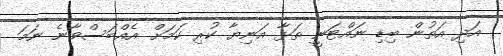
އަދި އަތުން ބިޑި ނައްޓަނީ ތަޅާ އަނިޔާ ކުރި ކަމަށް އެއްބަސްވާނެ ނަމަ